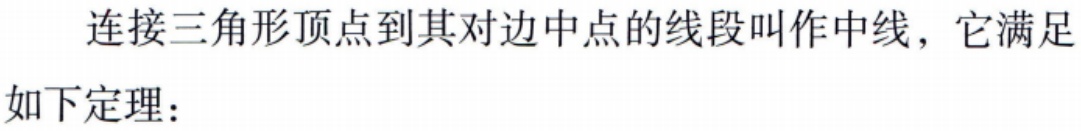
连接三角形顶点到其对边中点的线段叫作中线，它满足
如下定理：